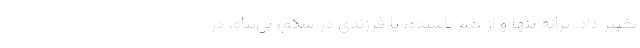
تغيير داد. ترانه تنها و از هم پاشيده، با فرزندي در شکم، بي‌پناه، در